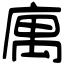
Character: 庽